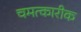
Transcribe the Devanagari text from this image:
चमत्कारीक